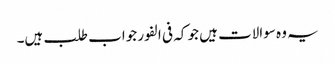
یہ وہ سوالات ہیں جو کہ فی الفور جواب طلب ہیں۔